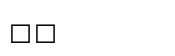
٨٨